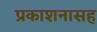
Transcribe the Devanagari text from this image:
प्रकाशनासह